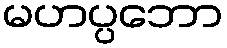
မဟပ္ပဘော